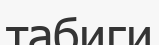
табиги